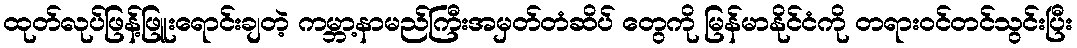
ထုတ်လုပ်ဖြန့်ဖြူးရောင်းချတဲ့ ကမ္ဘာ့နာမည်ကြီးအမှတ်တံဆိပ် တွေကို မြန်မာနိုင်ငံကို တရားဝင်တင်သွင်းပြီး